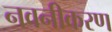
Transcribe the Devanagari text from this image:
नवनीकरण